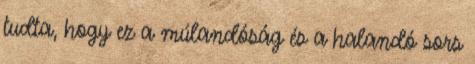
tudta, hogy ez a múlandóság és a halandó sors